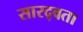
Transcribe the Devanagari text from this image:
सारद्वता